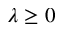
\lambda \geq 0